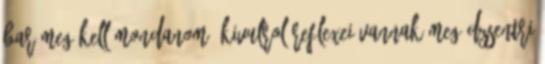
bar meg kell mondanom, kivulrol reflexei vannak meg dzsentri